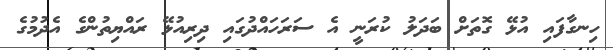
ހިނގާފައި އުޅޭ ގޮތަށް ބަދަލު ކުރަނީ އެ ސަރަހައްދުގައި ދިރިއުޅޭ ރައްޔިތުންގެ އެދުމުގެ